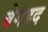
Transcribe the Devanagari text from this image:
बेगहद